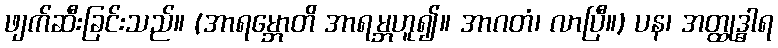
ဖျက်ဆီးခြင်းသည်။ (အာရမ္ဘောတိ အာရမ္ဘဟူ၍။ အာဂတံ၊ လာပြီ။) ပန၊ အတ္ထုဒ္ဓါရ